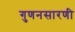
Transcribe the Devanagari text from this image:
गुणनसारणी